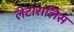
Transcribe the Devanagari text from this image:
लेटारालिस